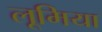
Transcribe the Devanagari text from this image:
लूमिया